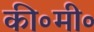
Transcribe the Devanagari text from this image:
की॰मी॰